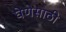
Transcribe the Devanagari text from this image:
घेणेसाठी